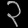
Digit: ၃